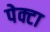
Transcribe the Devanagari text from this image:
पेक्टा